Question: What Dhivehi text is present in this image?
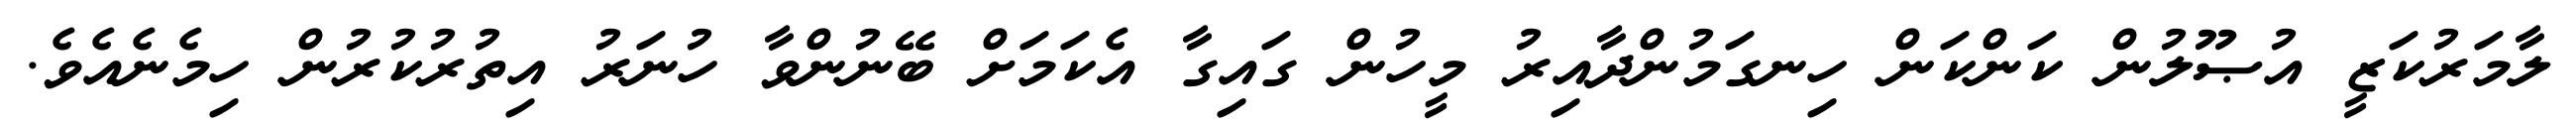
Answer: ލާމަރުކަޒީ އުޞޫލުން ކަންކަން ހިނގަމުންދާއިރު މީހުން ގައިގާ އެކަމަށް ބޭނުންވާ ހުނަރު އިތުރުކުރުން ހިމެނެއެވެ.